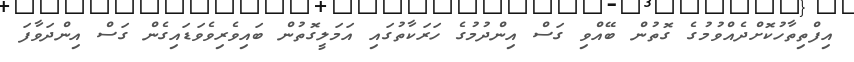
އިފްތިތާހުކޮށްދެއްވުމުގެ ގޮތުން ބޭއްވި ގަސް އިންދުމުގެ ހަރަކާތުގައި އަމަލީގޮތުން ބައިވެރިވެވަޑައިގެން ގަސް އިންދަވާފަ